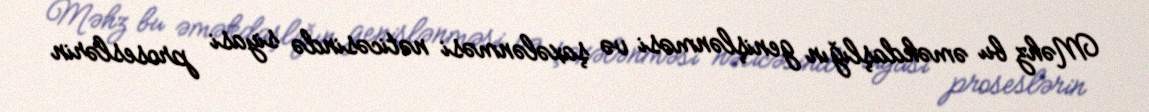
Məhz bu əməkdaşlığın genişlənməsi və şaxələnməsi nəticəsində siyasi proseslərin